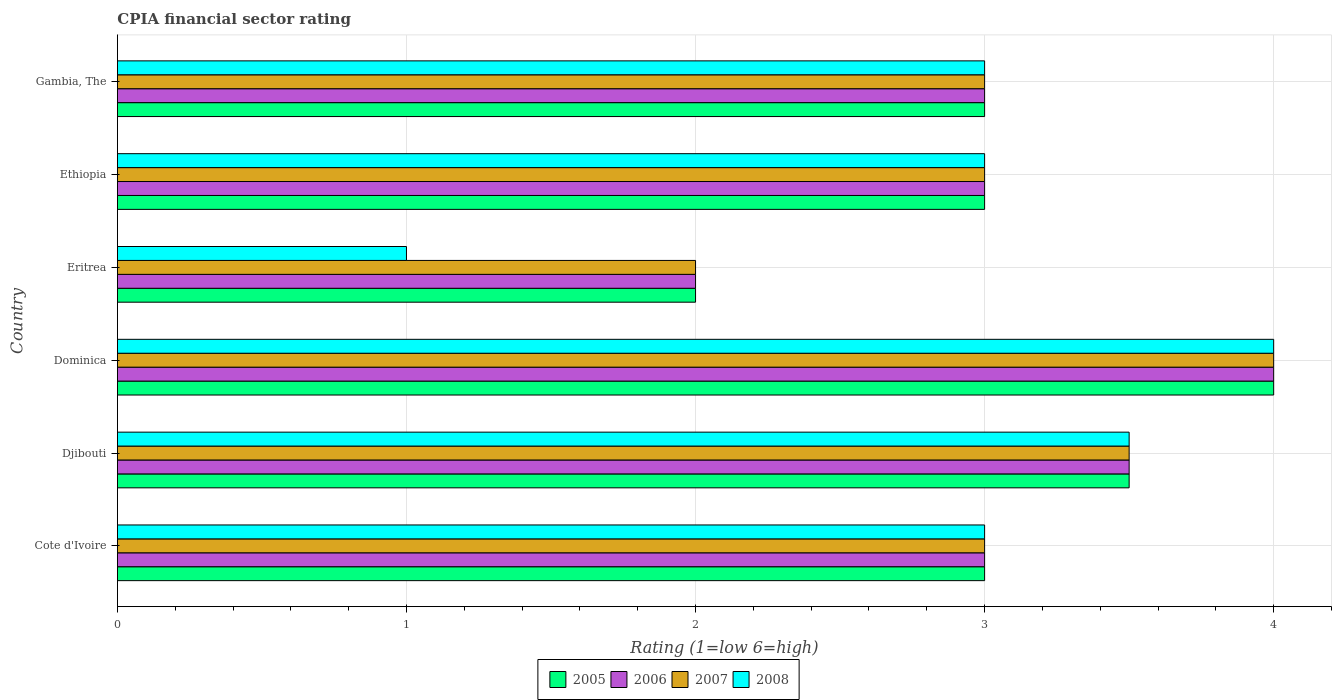
| Country | 2005 | 2006 | 2007 | 2008 |
 | --- | --- | --- | --- | --- |
 | Cote d'Ivoire | 3 | 3 | 3 | 3 |
 | Djibouti | 3.5 | 3.5 | 3.5 | 3.5 |
 | Dominica | 4 | 4 | 4 | 4 |
 | Eritrea | 2 | 2 | 2 | 1 |
 | Ethiopia | 3 | 3 | 3 | 3 |
 | Gambia, The | 3 | 3 | 3 | 3 |